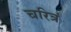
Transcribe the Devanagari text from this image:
चरित्रं